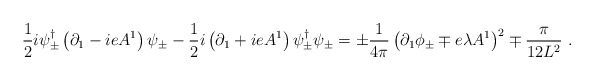
\begin{align*}\frac{1}{2}i\psi^\dagger_\pm\left(\partial_1-ieA^1\right)\psi_\pm-\frac{1}{2}i\left(\partial_1+ieA^1\right)\psi^\dagger_\pm\psi_\pm=\pm\frac{1}{4\pi}\left(\partial_1\phi_\pm\mp e\lambda A^1\right)^2\mp\frac{\pi}{12L^2}\ .\end{align*}